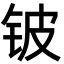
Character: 铍